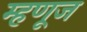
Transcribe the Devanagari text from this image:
म्हणूज